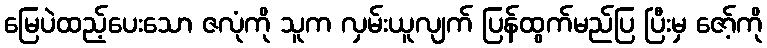
မြေပဲထည့်ပေးသော ဇလုံကို သူက လှမ်းယူလျက် ပြန်ထွက်မည်ပြ ပြီးမှ ဇော့်ကို